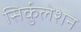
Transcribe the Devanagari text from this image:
सिर्कुलेशन